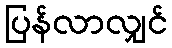
ပြန်လာလျှင်